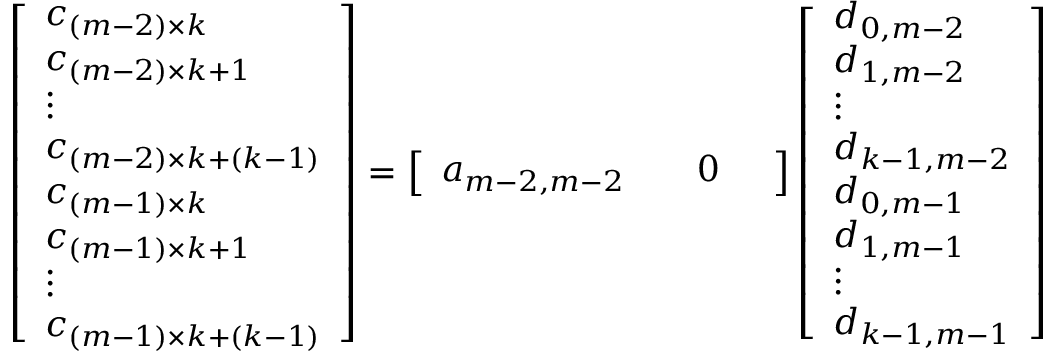
\begin{array} { r } { \left[ \begin{array} { l } { c _ { ( m - 2 ) \times k } } \\ { c _ { ( m - 2 ) \times k + 1 } } \\ { \vdots } \\ { c _ { ( m - 2 ) \times k + ( k - 1 ) } } \\ { c _ { ( m - 1 ) \times k } } \\ { c _ { ( m - 1 ) \times k + 1 } } \\ { \vdots } \\ { c _ { ( m - 1 ) \times k + ( k - 1 ) } } \end{array} \right] = \left[ \begin{array} { l l l l } { a _ { m - 2 , m - 2 } } & { } & { 0 } & { } \end{array} \right] \left[ \begin{array} { l } { d _ { 0 , m - 2 } } \\ { d _ { 1 , m - 2 } } \\ { \vdots } \\ { d _ { k - 1 , m - 2 } } \\ { d _ { 0 , m - 1 } } \\ { d _ { 1 , m - 1 } } \\ { \vdots } \\ { d _ { k - 1 , m - 1 } } \end{array} \right] } \end{array}